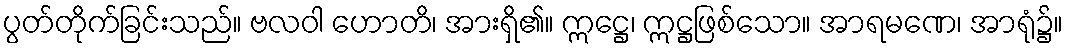
ပွတ်တိုက်ခြင်းသည်။ ဗလဝါ ဟောတိ၊ အားရှိ၏။ ဣဋ္ဌေ၊ ဣဋ္ဌဖြစ်သော။ အာရမဏေ၊ အာရုံ၌။